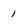
Character: 1